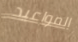
المواعيد